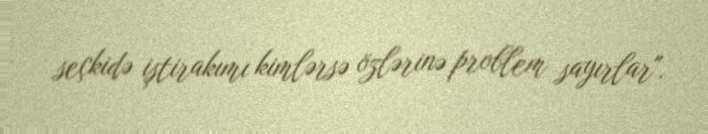
seçkidə iştirakımı kimlərsə özlərinə problem sayırlar".